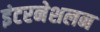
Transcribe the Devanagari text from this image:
इंटरनेशलन